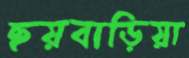
ছয়বাড়িয়া